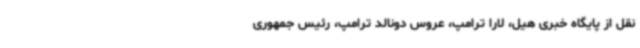
نقل از پایگاه خبری هیل، لارا ترامپ، عروس دونالد ترامپ، رئیس جمهوری